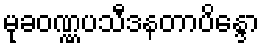
မုခဝဏ္ဏပသီဒနတာပိန္ဒော